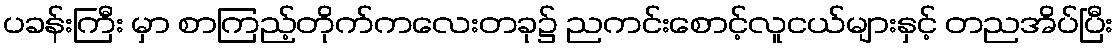
ပခန်းကြီး မှာ စာကြည့်တိုက်ကလေးတခု၌ ညကင်းစောင့်လူငယ်များနှင့် တညအိပ်ပြီး